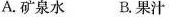
A.矿泉水 B.果汁